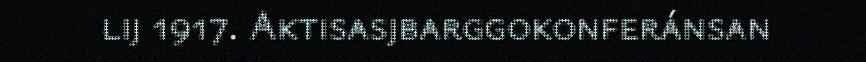
lij 1917. Aktisasjbarggokonferánsan